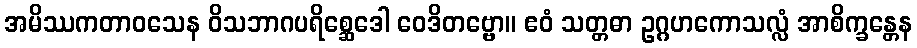
အမိဿကတာဝသေန ဝိသဘာဂပရိစ္ဆေဒေါ ဝေဒိတဗ္ဗော။ ဧဝံ သတ္တဓာ ဥဂ္ဂဟကောသလ္လံ အာစိက္ခန္တေန